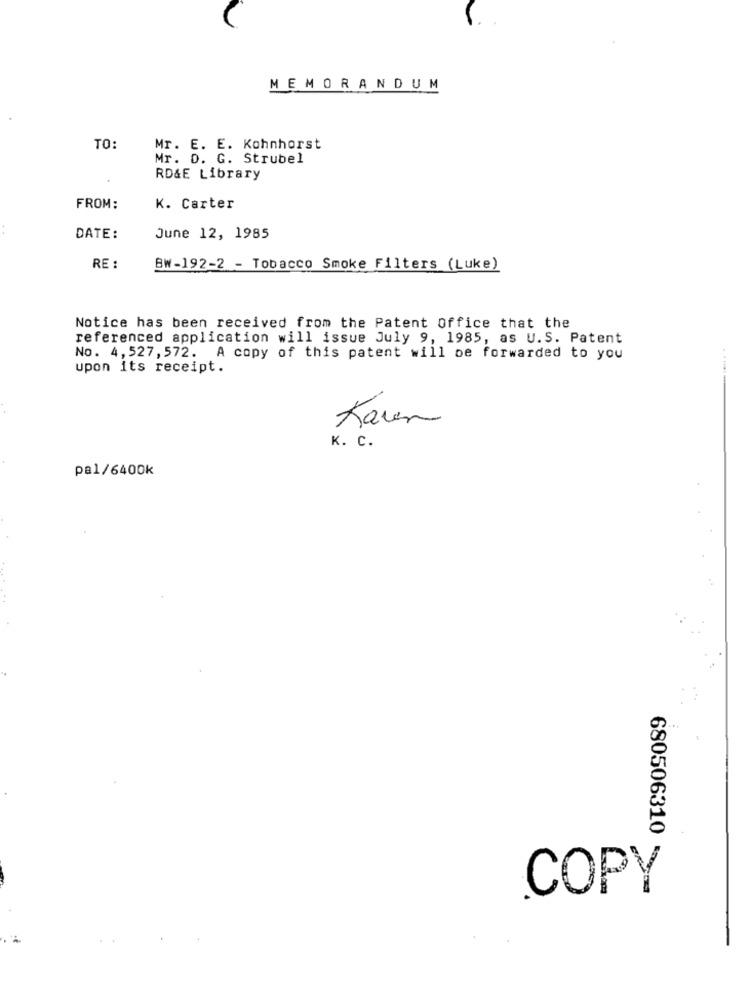
MEMORANDUM
TO:
Mr. E. E. Kohnhorst
Mr. D. G. Strubel
RD&E Library
FROM:
K. Carter
DATE:
June 12, 1985
RE :
BW-192-2 - Tobacco Smoke Filters (Luke)
Notice has been received from the Patent Office that the
referenced application will issue July 9, 1985, as U.S. Patent
No. 4,527, 572. A copy of this patent will be forwarded to you
upon its receipt.
Karen
K. C.
pal/6400k
.
680506310
COPY